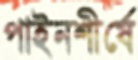
পাইনশীর্ষে